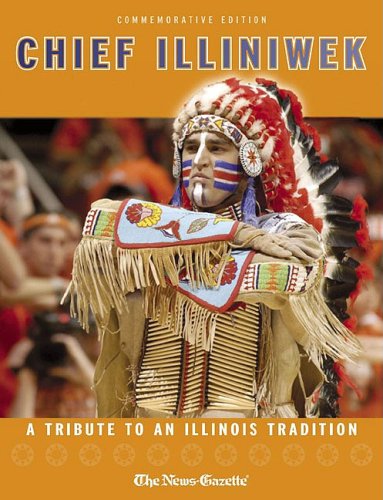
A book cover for Chief Illiniwek: A Tribute to an Illinois Tradition; Sports & Outdoors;